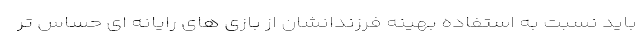
باید نسبت به استفاده بهینه فرزندانشان از بازی های رایانه ای حساس تر